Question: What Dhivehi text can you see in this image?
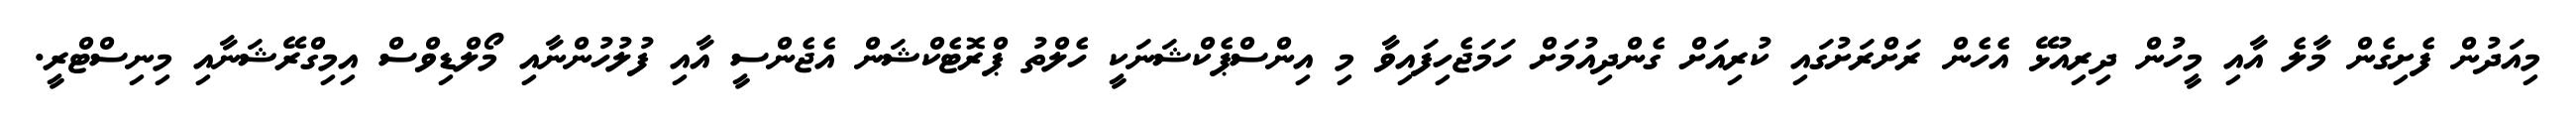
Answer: މިއަދުން ފެށިގެން މާލެ އާއި މީހުން ދިރިއުޅޭ އެހެން ރަށްރަށުގައި ކުރިއަށް ގެންދިއުމަށް ހަމަޖެހިފައިވާ މި އިންސްޕެކްޝަނަކީ ހެލްތު ޕްރޮޓެކްޝަން އެޖެންސީ އާއި ފުލުހުންނާއި މޯލްޑިވްސް އިމިގްރޭޝަނާއި މިނިސްޓްރީ.